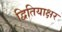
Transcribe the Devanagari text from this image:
द्वितियाक्षर